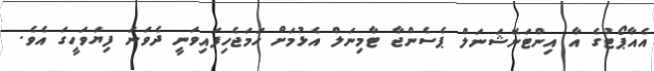
އެއާޕޯޓުގެ އާ އިންޓަނޭޝަނަލް ޕެސެންޖާ ޓާމިނަލް އެޅުމަށް ހަމަޖެހިފައިވަނީ ދެވަނަ ފިޔަވަހީގަ އެވެ.